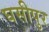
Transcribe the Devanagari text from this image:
घसीपुर